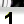
Digit: 1